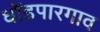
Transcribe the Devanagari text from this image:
धोंडपारगाव